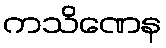
ကသိဏေန